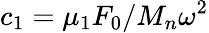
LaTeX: c_{1}=\mu_{1}F_{0}/M_{n}\omega^{2}